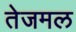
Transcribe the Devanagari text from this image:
तेजमल